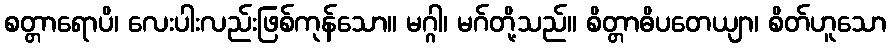
စတ္တာရောပိ၊ လေးပါးလည်းဖြစ်ကုန်သော။ မဂ္ဂါ၊ မဂ်တို့သည်။ စိတ္တာဓိပတေယျာ၊ စိတ်ဟူသော